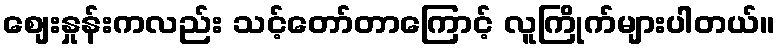
စျေးနှုန်းကလည်း သင့်တော်တာကြောင့် လူကြိုက်များပါတယ်။